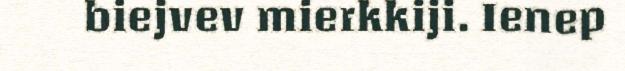
biejvev mierkkiji. Ienep